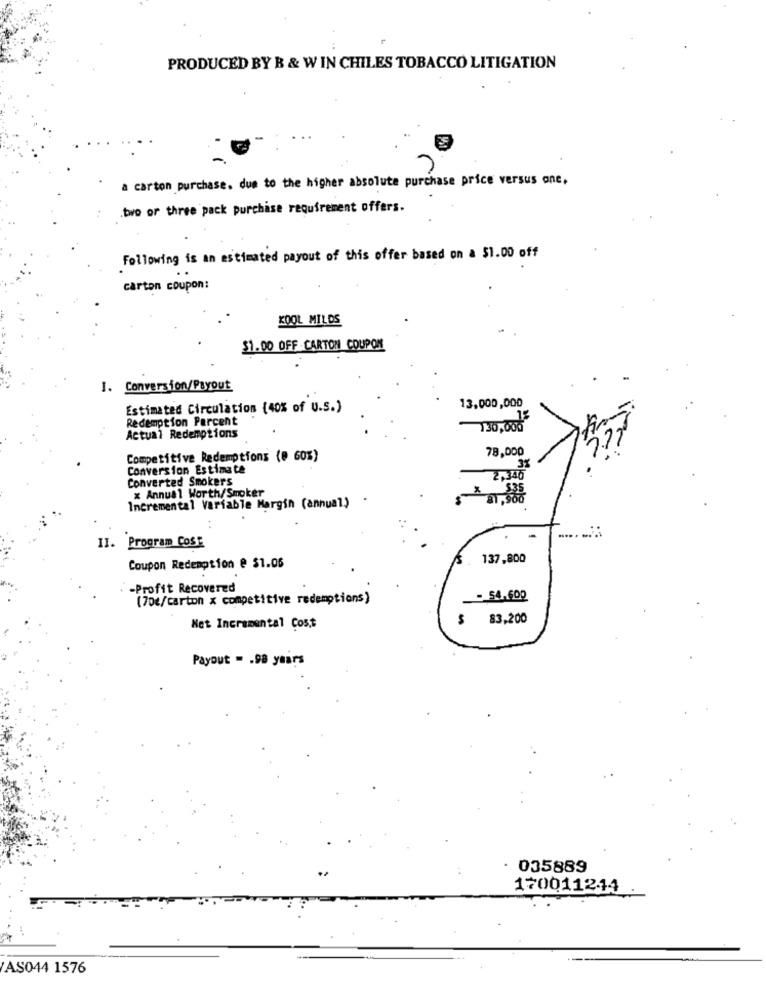
PRODUCED BY B & W IN CHILES TOBACCO LITIGATION
a carton purchase. due to the higher absolute purchase price versus one,
.two or three pack purchase requirement offers.
Following is an estimated payout of this offer based on a $1.00 off
carton coupon:
KOOL MILDS
$1.00 OFF CARTON COUPON
I. Conversion/Payout
Estimated Circulation (40% of U.S.)
13,000,000
Redemption Parcent
15
130,000
Actual Redemptions
78,000
Competitive Redemptions (@ 60%)
Conversion Estimate
3%
Converted Smokers
2,346
x Annual Worth/Smoker
Incremental Variable Margin (annual)
II. Program CosE
137,800
Coupon Redemption @ $1.05
-Profit Recovered
(70€/carton x competitive redemptions)
- 54-600
$ 83,200
Net Incremental Cost
Payout = . 98 years
. 035889
170011244
AS044 1576